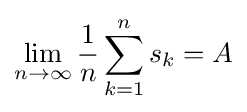
\lim _{n\to \infty }{\frac {1}{n}}\sum _{k=1}^{n}s_{k}=A